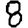
Digit: 8